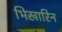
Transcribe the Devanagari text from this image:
भिखारिन